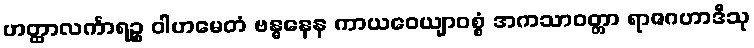
ဟတ္ထာလင်္ကာရဉ္စ ဝါဟမေတံ ဗန္ဓနေန ကာယဝေယျာဝစ္စံ အကသာဝတ္တာ ရာဇဂဟာဒီသု